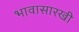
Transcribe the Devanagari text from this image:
भावासारखी